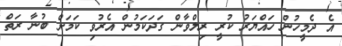
އެ ދެމީހުން ހައްޔަރު ކުރީ ރިލްވާން ގަދަކަމުން އެރުވި ކަމަށް ބުނާ ރަތް